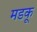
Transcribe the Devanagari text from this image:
मडकू